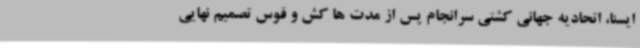
ایسنا، اتحادیه جهانی کشتی سرانجام پس از مدت ها کش و قوس تصمیم نهایی